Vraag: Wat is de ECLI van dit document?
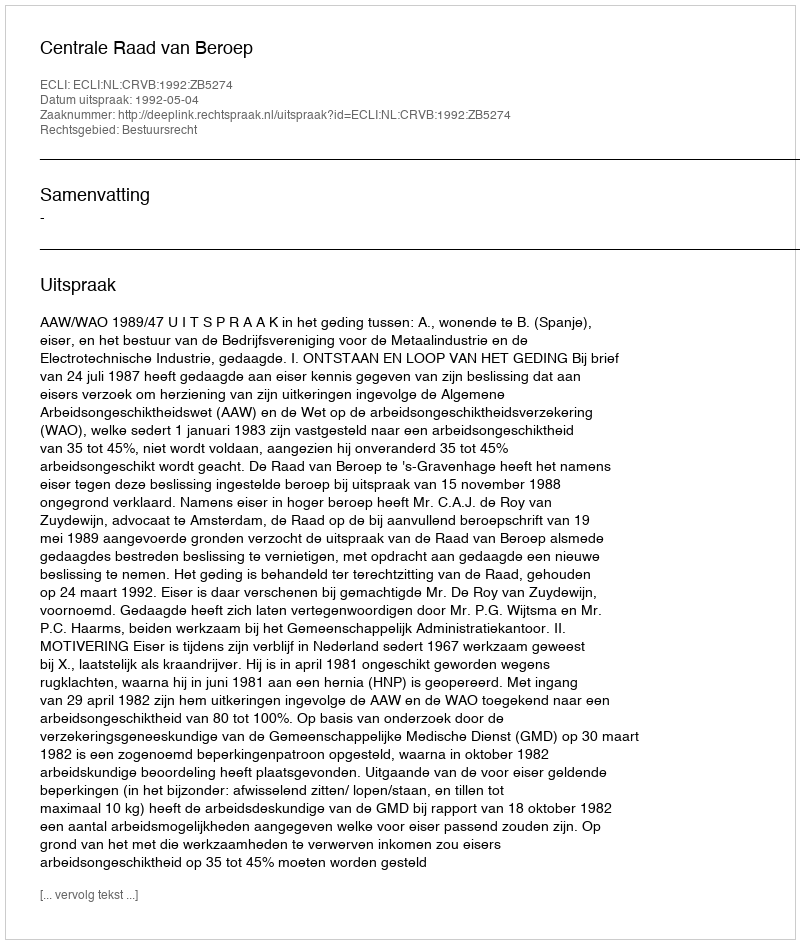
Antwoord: ECLI:NL:CRVB:1992:ZB5274